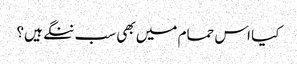
کیا اس حمام میں بھی سب ننگے ہیں؟